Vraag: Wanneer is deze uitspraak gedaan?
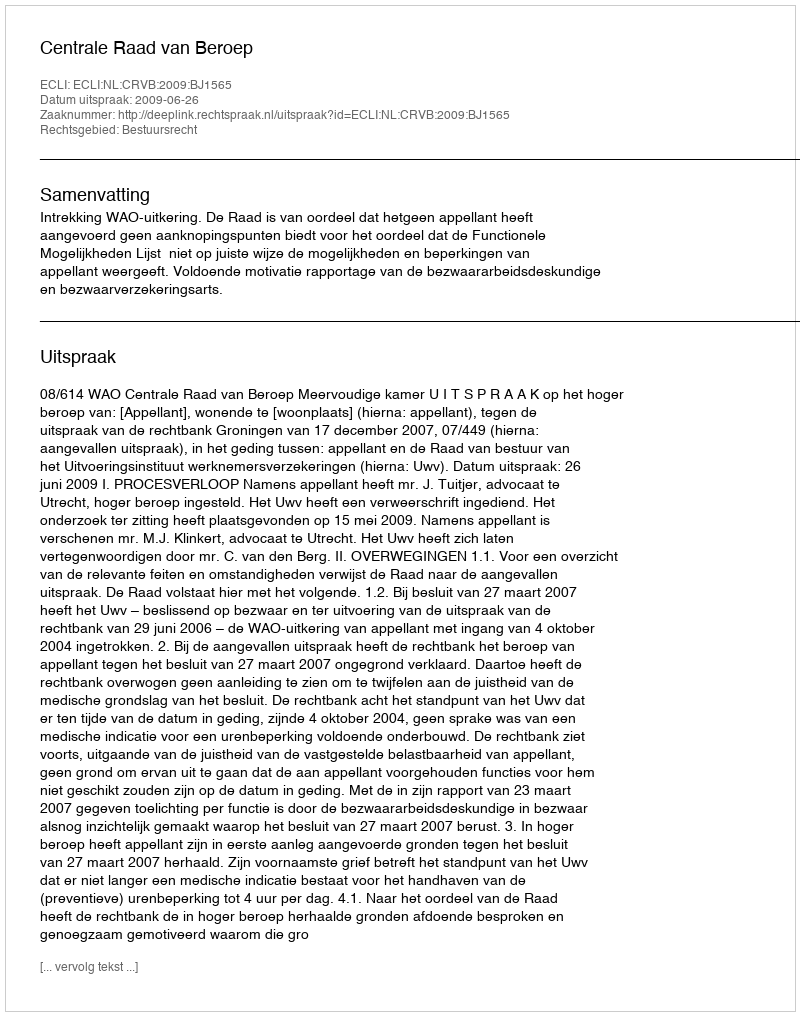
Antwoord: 2009-06-26